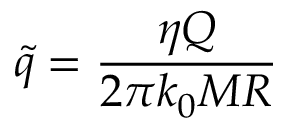
\tilde { q } = \frac { \eta Q } { 2 \pi k _ { 0 } M R }